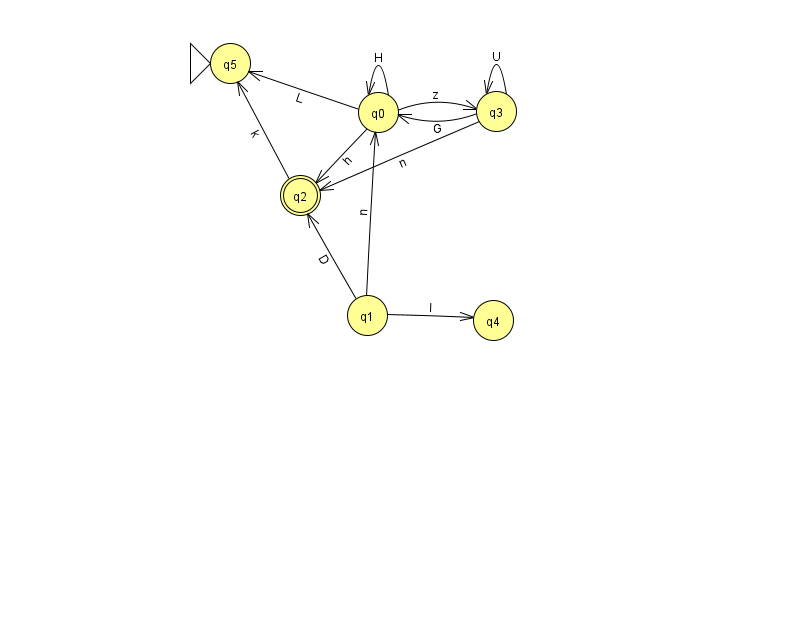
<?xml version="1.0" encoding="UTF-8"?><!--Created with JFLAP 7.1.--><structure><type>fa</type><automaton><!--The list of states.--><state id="0" name="q0"><x>378.0</x><y>99.0</y></state><state id="1" name="q1"><x>367.0</x><y>302.0</y></state><state id="2" name="q2"><x>300.0</x><y>182.0</y><final/></state><state id="3" name="q3"><x>496.0</x><y>98.0</y></state><state id="4" name="q4"><x>493.0</x><y>307.0</y></state><state id="5" name="q5"><x>230.0</x><y>50.0</y><initial/></state><!--The list of transitions.--><transition><from>1</from><to>4</to><read>l</read></transition><transition><from>3</from><to>0</to><read>G</read></transition><transition><from>1</from><to>0</to><read>n</read></transition><transition><from>1</from><to>2</to><read>D</read></transition><transition><from>0</from><to>2</to><read>h</read></transition><transition><from>2</from><to>5</to><read>k</read></transition><transition><from>3</from><to>3</to><read>U</read></transition><transition><from>3</from><to>2</to><read>n</read></transition><transition><from>0</from><to>0</to><read>H</read></transition><transition><from>0</from><to>3</to><read>z</read></transition><transition><from>0</from><to>5</to><read>L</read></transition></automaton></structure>